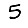
Digit: 5